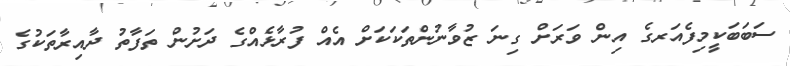
ސަބަބަކީމިފެއަރގެ އިން ވަރަށް ގިނަ ޒުވާނުންތަކަކަށް އެއް ފުރާޅެއްގެ ދަށުން ތަފާތު ދާއިރާތަކުގެ